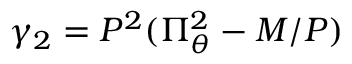
\gamma _ { 2 } = P ^ { 2 } ( \Pi _ { \theta } ^ { 2 } - M / P )